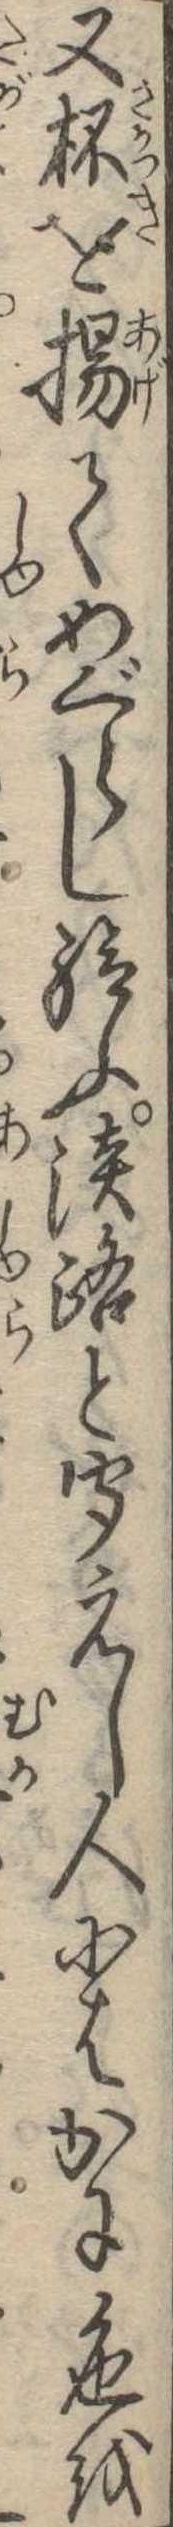
又杯を揚てめぐらし給ふ淡路と聞えし人にはかに色を